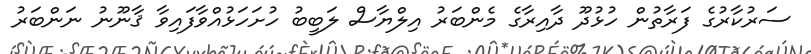
ސަރުކާރުގެ ފަރާތުން ހުޅުދޫ ދާއިރާގެ މެންބަރު އިލްޔާސް ލަބީބު ހުށަހަޅުއްވާފައިވާ ޤާނޫނު ނަންބަރު